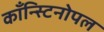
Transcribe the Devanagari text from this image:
काँन्स्टिनोपल